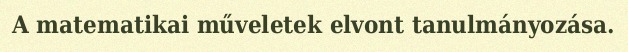
A matematikai műveletek elvont tanulmányozása.